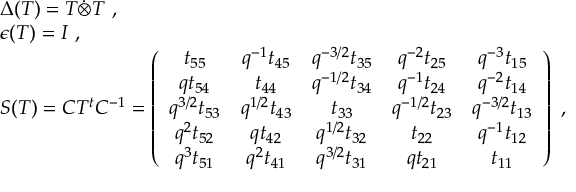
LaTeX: \begin{array} { l } { { \Delta ( T ) = T \dot { \otimes } T ~ , } } \\ { { \epsilon ( T ) = I ~ , } } \\ { { S ( T ) = C T ^ { t } C ^ { - 1 } = \left( \begin{array} { c c c c c } { { t _ { 5 5 } } } & { { q ^ { - 1 } t _ { 4 5 } } } & { { q ^ { - 3 / 2 } t _ { 3 5 } } } & { { q ^ { - 2 } t _ { 2 5 } } } & { { q ^ { - 3 } t _ { 1 5 } } } \\ { { q t _ { 5 4 } } } & { { t _ { 4 4 } } } & { { q ^ { - 1 / 2 } t _ { 3 4 } } } & { { q ^ { - 1 } t _ { 2 4 } } } & { { q ^ { - 2 } t _ { 1 4 } } } \\ { { q ^ { 3 / 2 } t _ { 5 3 } } } & { { q ^ { 1 / 2 } t _ { 4 3 } } } & { { t _ { 3 3 } } } & { { q ^ { - 1 / 2 } t _ { 2 3 } } } & { { q ^ { - 3 / 2 } t _ { 1 3 } } } \\ { { q ^ { 2 } t _ { 5 2 } } } & { { q t _ { 4 2 } } } & { { q ^ { 1 / 2 } t _ { 3 2 } } } & { { t _ { 2 2 } } } & { { q ^ { - 1 } t _ { 1 2 } } } \\ { { q ^ { 3 } t _ { 5 1 } } } & { { q ^ { 2 } t _ { 4 1 } } } & { { q ^ { 3 / 2 } t _ { 3 1 } } } & { { q t _ { 2 1 } } } & { { t _ { 1 1 } } } \end{array} \right) ~ , } } \end{array}